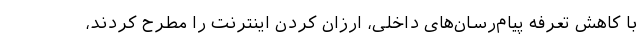
با کاهش تعرفه پیام‌رسان‌های داخلی،‌ ارزان کردن اینترنت را مطرح کردند،